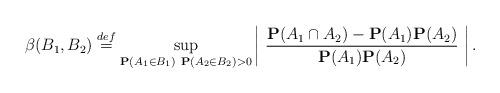
LaTeX: \begin{align*} \beta(B_1,B_2) \stackrel{def}{=} \sup_{{\bf P}(A_1 \in B_1) \ {\bf P}(A_2 \in B_2) > 0} \left| \ \frac{{\bf P}(A_1 \cap A_2) - {\bf P}(A_1) {\bf P}(A_2)}{ {\bf P}(A_1) {\bf P}(A_2)} \ \right|.\end{align*}